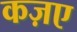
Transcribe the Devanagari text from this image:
कज़ए